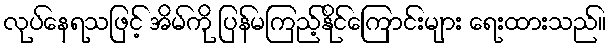
လုပ်နေရသဖြင့် အိမ်ကို ပြန်မကြည့်နိုင်ကြောင်းများ ရေးထားသည်။